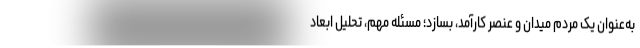
به‌عنوان یک مردم میدان و عنصر کارآمد، بسازد؛ مسئله مهم، تحلیل ابعاد